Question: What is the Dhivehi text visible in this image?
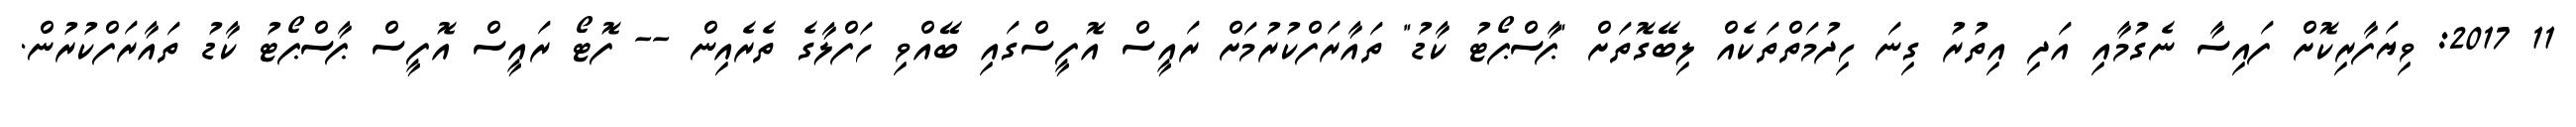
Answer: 11 2017: ވިޔަފާރިކޮށް ފައިސާ ނެގުމާއި އަދި އިތުރު ގިނަ ހިދުމަތްތަކެއް ލިބޭގޮތަށް "ޕާސްޕޯޓު ކާޑު" ތައާރަފްކުރުމަށް ރައީސް އޮފީސްގައި ބޭއްވި ހަފްލާގެ ތެރެއިން -- ފޮޓޯ ރައީސް އޮފީސް ޕާސްޕޯޓު ކާޑު ތައާރަފްކުރުން.